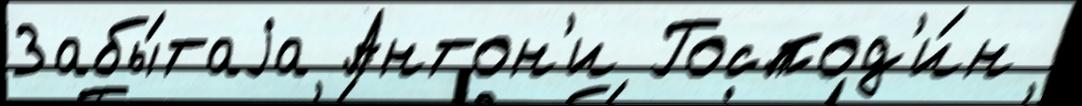
Забы́таjа Антон'и Господ'и́н